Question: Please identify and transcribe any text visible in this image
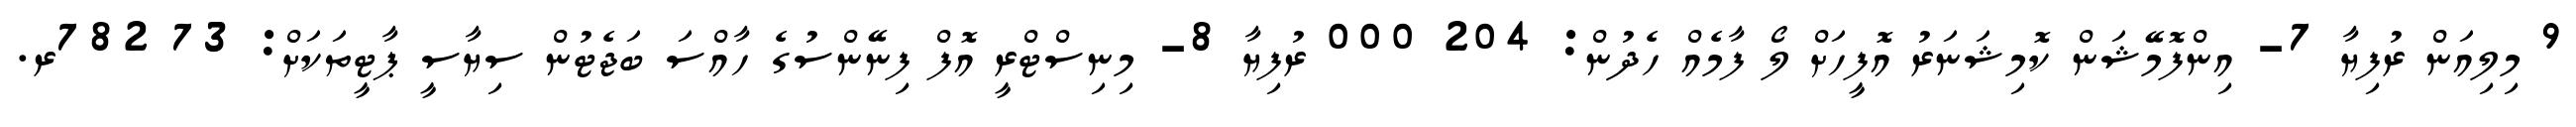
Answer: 9 މިލިއަން ރުފިޔާ 7- އިންފޮމޭޝަން ކޮމިޝަނަރު އޮފީހަށް ލޯ ފާމެއް ހެދުން: 204 000 ރުފިޔާ 8- މިނިސްޓްރީ އޮފް ފިނޭންސުގެ ހާއްސަ ބަޖެޓުން ސިޔާސީ ޕާޓީތަކަށް: 73 782ރ.